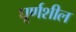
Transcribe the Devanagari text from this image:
घूर्णशील